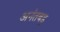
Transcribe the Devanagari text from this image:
अनंतबडु